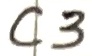
Text: C3